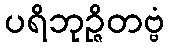
ပရိဘုဉ္ဇိတဗ္ဗံ